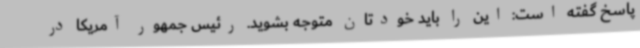
پاسخ گفته است: این را باید خودتان متوجه بشوید. رئیس جمهور آمریکا در